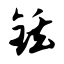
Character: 铥